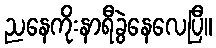
ညနေကိုးနာရီခွဲနေလေပြီ။